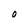
Character: O